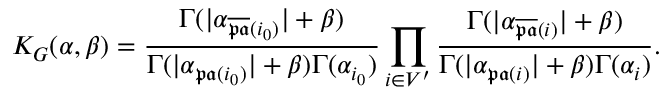
K _ { G } ( \alpha , \beta ) = \frac { \Gamma ( | \alpha _ { \overline { { \mathfrak { p a } } } ( i _ { 0 } ) } | + \beta ) } { \Gamma ( | \alpha _ { \mathfrak { p a } ( i _ { 0 } ) } | + \beta ) \Gamma ( \alpha _ { i _ { 0 } } ) } \prod _ { i \in V ^ { \prime } } \frac { \Gamma ( | \alpha _ { \overline { { \mathfrak { p a } } } ( i ) } | + \beta ) } { \Gamma ( | \alpha _ { \mathfrak { p a } ( i ) } | + \beta ) \Gamma ( \alpha _ { i } ) } .